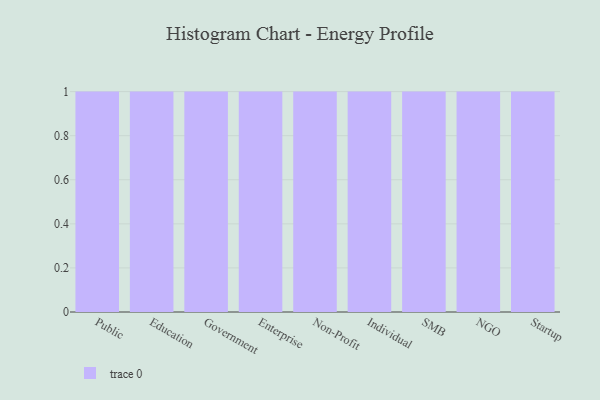
{"axis": {"x": "Segment", "y": "LTV (USD)"}, "legend": [""], "data": [{"x": "Public", "y": 83, "type": ""}, {"x": "Education", "y": 84, "type": ""}, {"x": "Government", "y": 23, "type": ""}, {"x": "Enterprise", "y": 70, "type": ""}, {"x": "Non-Profit", "y": 34, "type": ""}, {"x": "Individual", "y": 7, "type": ""}, {"x": "SMB", "y": 64, "type": ""}, {"x": "NGO", "y": 90, "type": ""}, {"x": "Startup", "y": 92, "type": ""}]}